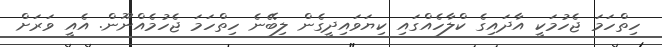
ހިތްހަމަ ޖެހުމަކީ އާދައިގެ ކްލާހެއްގައި ކިޔަވައިދީގެން ލިބޭނެ ހިތްހަމަ ޖެހުމެއްނޫން. އެއީ ވަރަށް